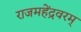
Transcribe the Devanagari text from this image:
राजमहेंद्रवरम्